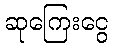
ဆုကြေးငွေ